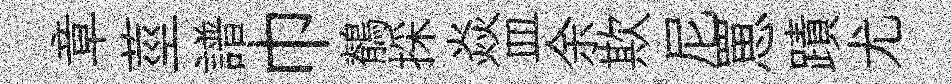
章莖譜巾鶺採焱皿余欺尼罳蹟尤